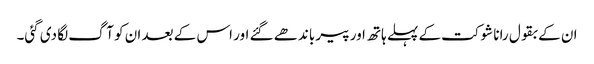
ان کے بقول رانا شوکت کے پہلے ہاتھ اور پیر باندھے گئے اور اس کے بعد ان کو آگ لگا دی گئی۔